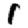
Digit: 1